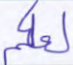
لعلكم